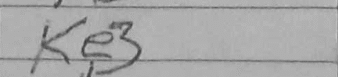
Transcription: Ke3